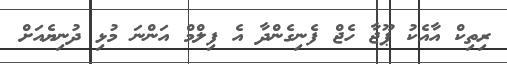
ރިތިކް އާއެކު ޕޫޖާ ހެޖް ފެނިގެންދާ އެ ފިލްމް އަންނަ މުޅި ދުނިޔެއަށް